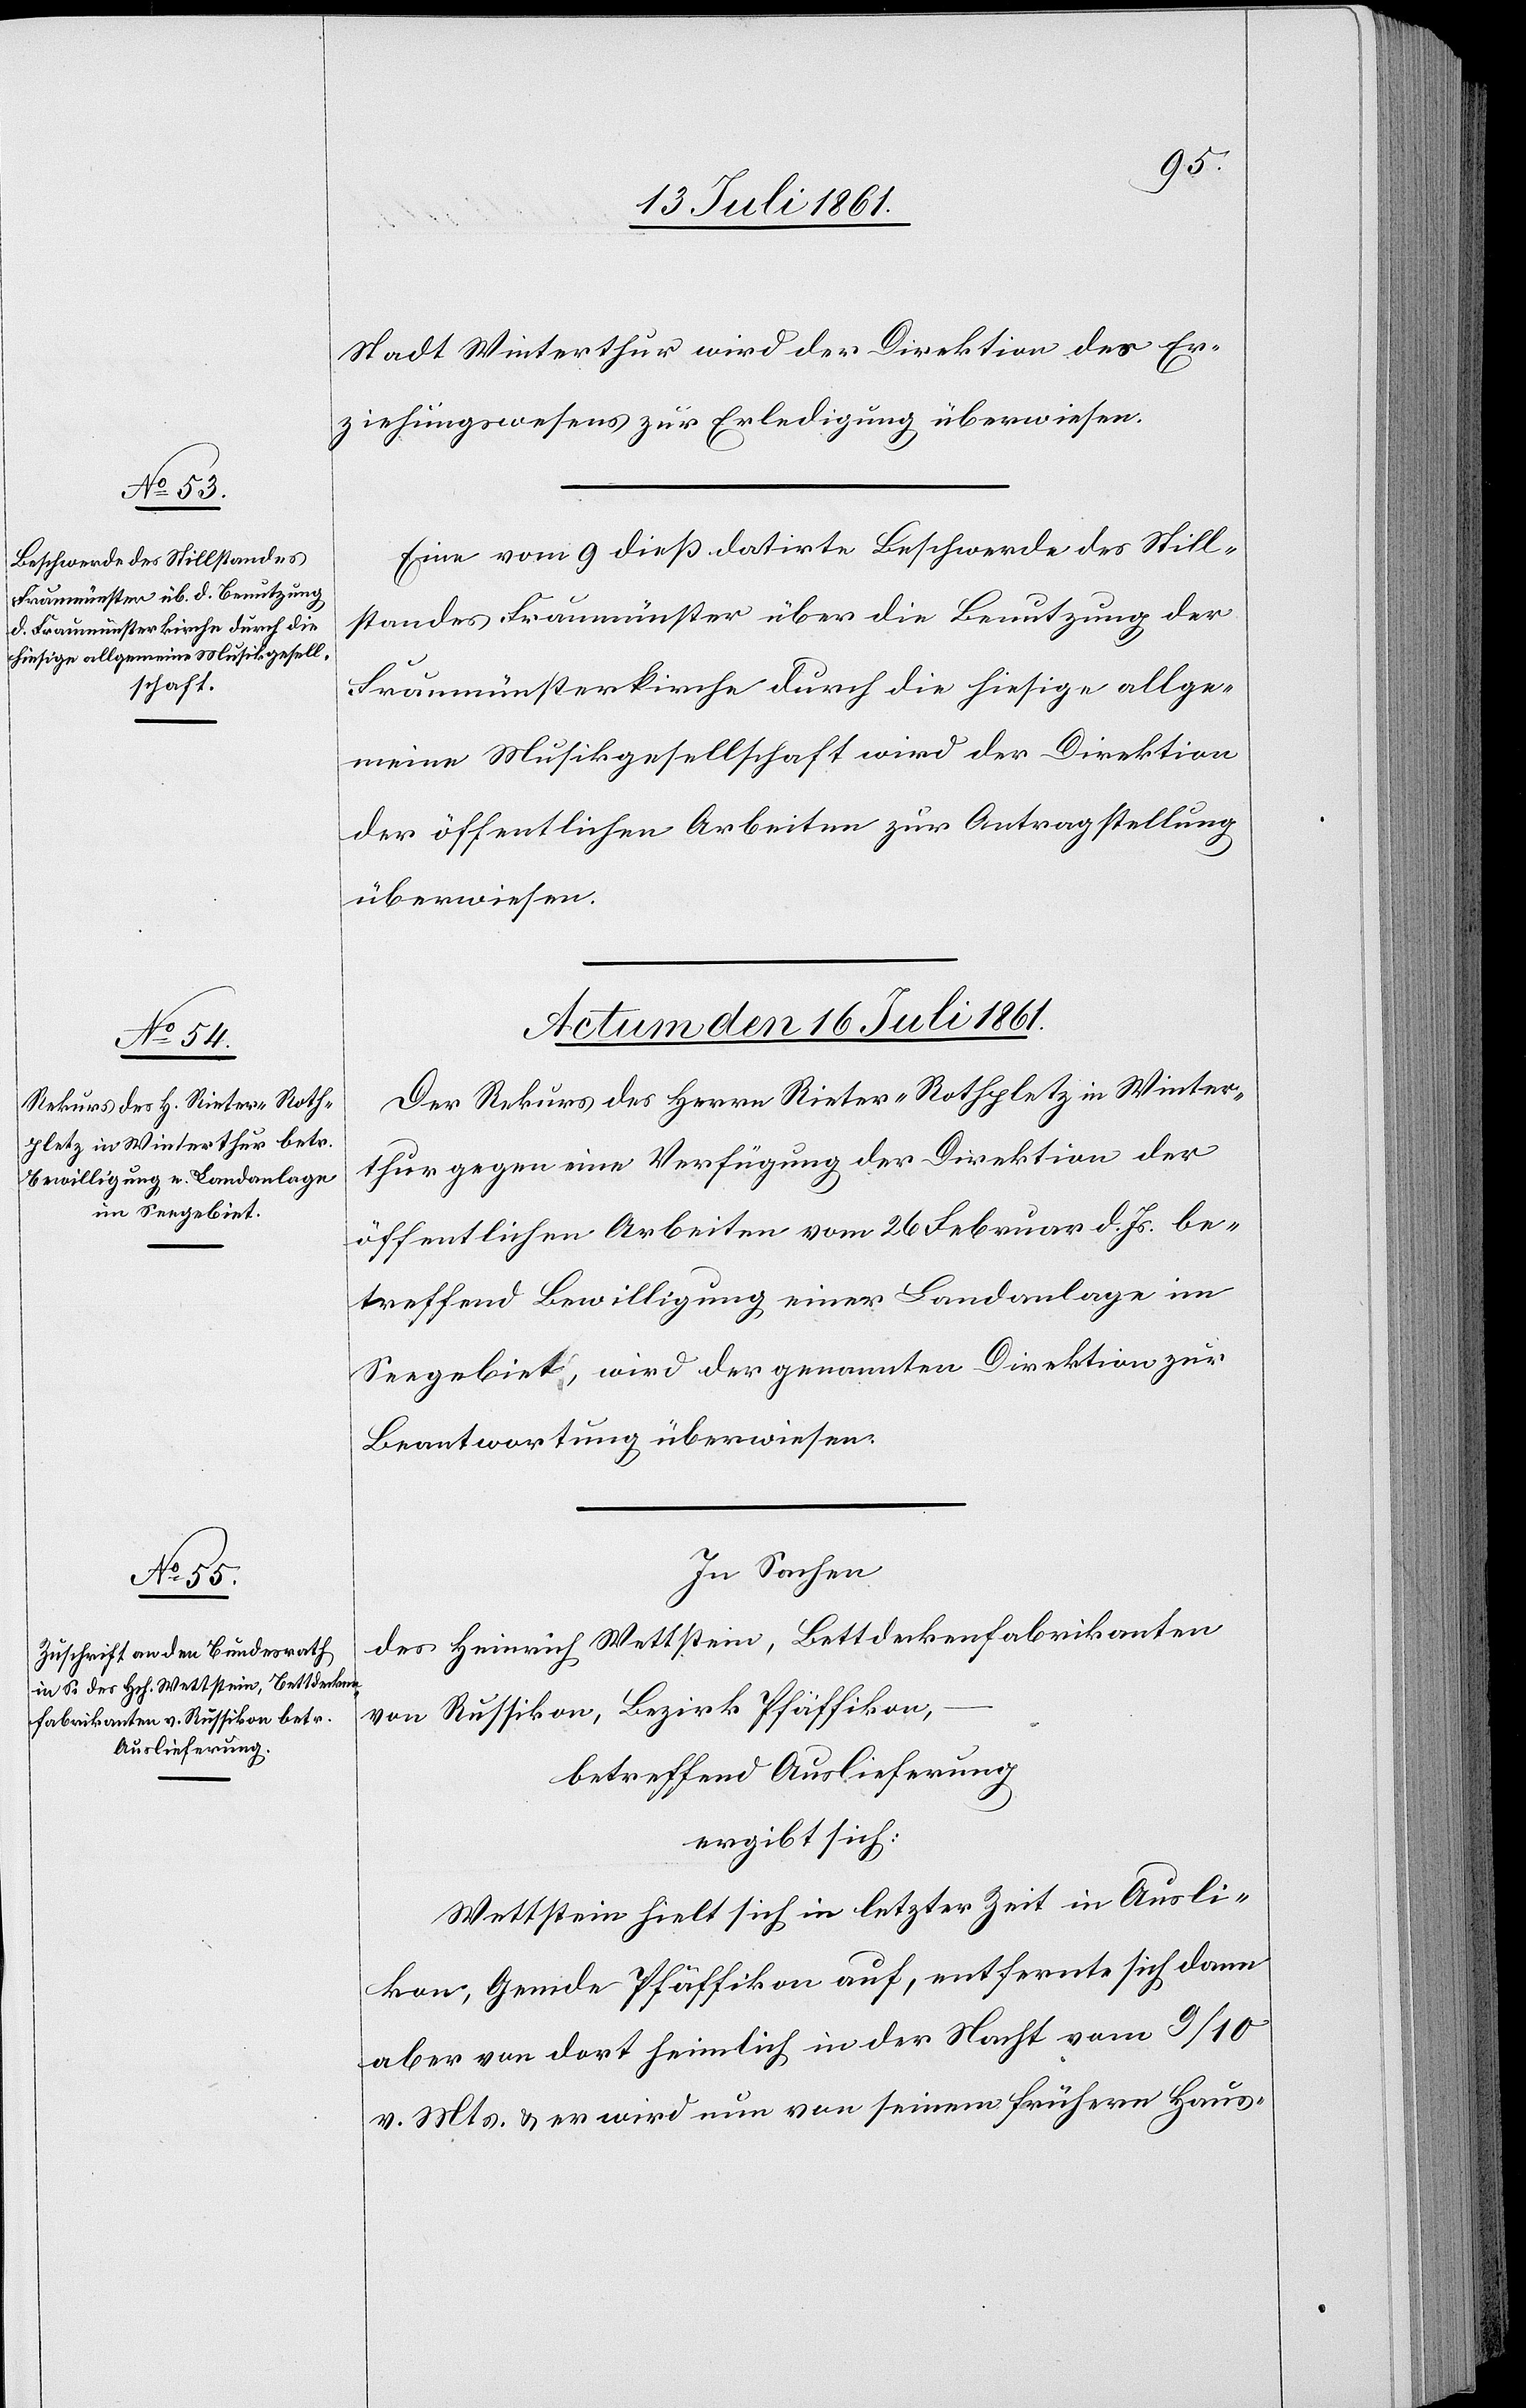
Stadt Winterthur wird der Direktion des Er¬
ziehungswesens zur Erledigung überwiesen.
Eine vom 9 dieß datirte Beschwerde des Still¬
standes Fraumünster über die Benutzung der
Fraumünsterkirche durch die hiesige allge¬
meine Musikgesellschaft wird der Direktion
der öffentlichen Arbeiten zur Antragstellung
überwiesen.
Actum den 16 Juli 1861.
Der Rekurs des Herrn Rieter-Rathplatz in Winter¬
thur gegen eine Verfügung der Direktion der
öffentlichen Arbeiten vom 26 Februar d. Js. be¬
treffend Bewilligung einer Landanlage im
Seegebiete, wird der genannten Direktion zur
Beantwortung überwiesen.
In Sachen,
des Heinrich Wettstein, Bettdeckenfabrikanten
von Russikon, Bezirk Pfäffikon,
betreffend Auslieferung
ergibt sich:
Wettstein hielt sich in letzter Zeit in Ausli¬
kon, Gemde Pfäffikon auf, entfernte sich dann
aber von dort heimlich in der Nacht vom 9/10
v. Mts. u. er wird nun von seinem frühern Haus-